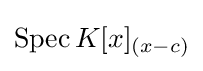
\operatorname {Spec} K[x]_{(x-c)}